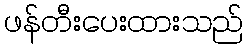
ဖန်တီးပေးထားသည်